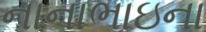
નાનાભાઇના